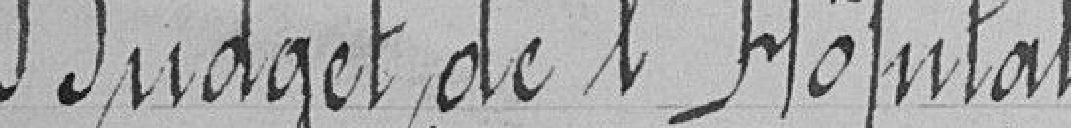
Budget de l'Hôpital